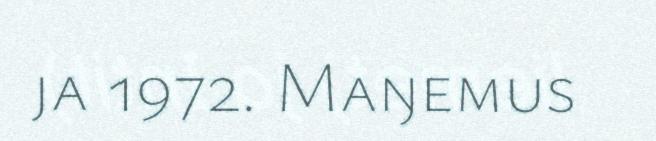
ja 1972. Maŋemus